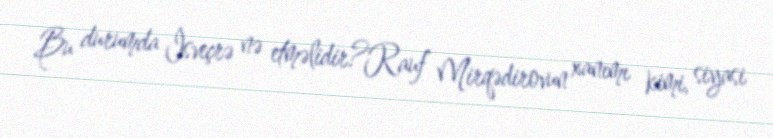
Bu durumda İsveçrə nə etməlidir?Rauf Mirqədirovun xanımı kimi, siyasi